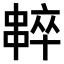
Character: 𠁸